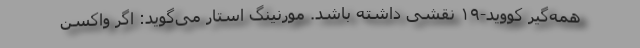
همه‌گیر کووید-۱۹ نقشی داشته باشد. مورنینگ استار می‌گوید: اگر واکسن